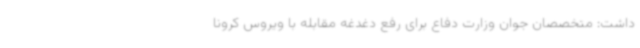
داشت: متخصصان جوان وزارت دفاع برای رفع دغدغه مقابله با ویروس کرونا